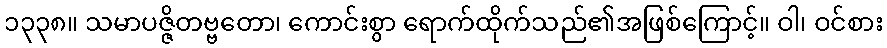
၁၃၃၈။ သမာပဇ္ဇိတဗ္ဗတော၊ ကောင်းစွာ ရောက်ထိုက်သည်၏အဖြစ်ကြောင့်။ ဝါ၊ ဝင်စား